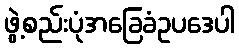
ဖွဲ့စည်းပုံအခြေခံဥပဒေပါ